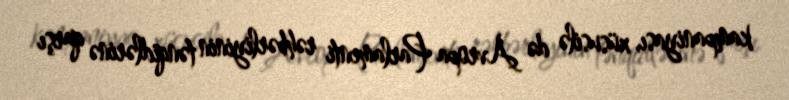
kampaniyası, xüsusilə də Avropa Parlamenti rəhbərliyinin tənqidlərinə qarşı